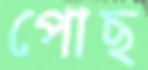
পোছ